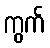
ကွက်